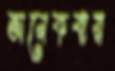
অনেকবার